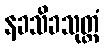
နခသိခသုတ္တံ